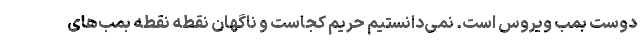
دوست بمب ویروس است. نمی‌دانستیم حریم کجاست و ناگهان نقطه نقطه بمب‌های